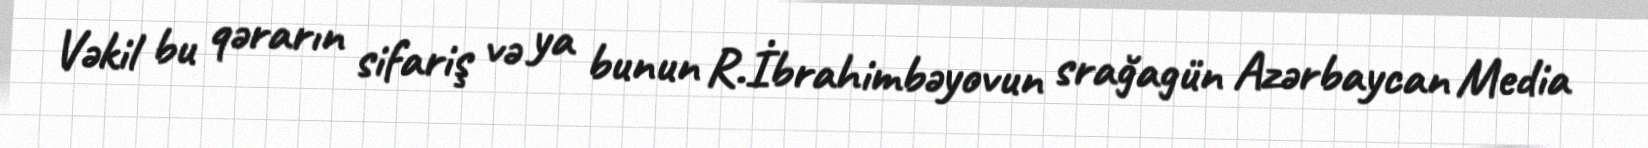
Vəkil bu qərarın sifariş və ya bunun R.İbrahimbəyovun srağagün Azərbaycan Media